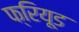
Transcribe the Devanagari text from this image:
फ्रियूड